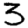
Digit: 3